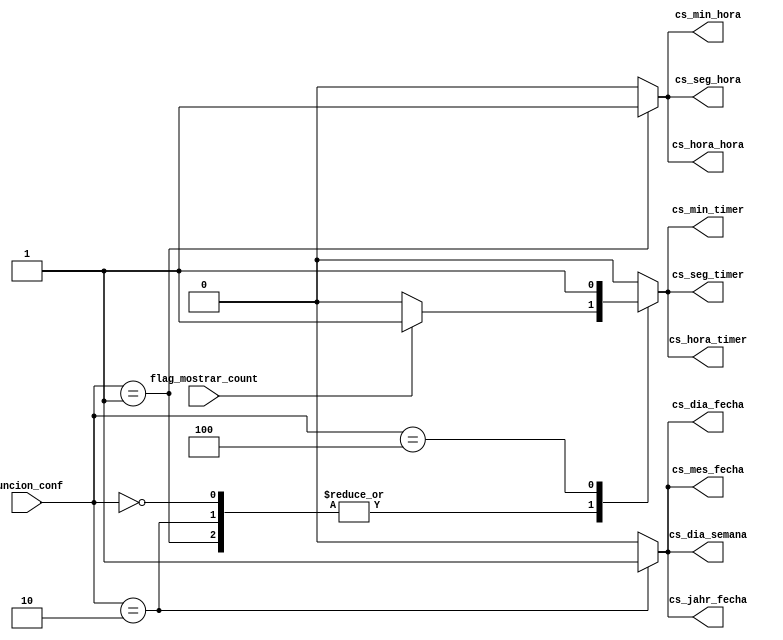
`timescale 1ns / 1ps
//////////////////////////////////////////////////////////////////////////////////
// Company: 
// Engineer: 
// 
// Design Name: 
// Module Name:    decofdificador_cs_registros 
// Project Name: 
// Target Devices: 
// Tool versions: 
// Description: 
//
// Dependencies: 
//
// Revision: 
// Revision 0.01 - File Created
// Additional Comments: 
//
//////////////////////////////////////////////////////////////////////////////////
module decofdificador_cs_registros(
	input [2:0]funcion_conf,
	input wire flag_mostrar_count,
	output reg cs_seg_hora,
	output reg cs_min_hora,
	output reg cs_hora_hora,
	output reg cs_dia_fecha,
	output reg cs_mes_fecha,
	output reg cs_jahr_fecha,
	output reg cs_dia_semana,
	output reg cs_seg_timer,
	output reg cs_min_timer,
	output reg cs_hora_timer
    );
	 
always@*
begin

	case(funcion_conf)
		3'b000: begin
		cs_seg_hora = 1'b0;
		cs_min_hora= 1'b0;
		cs_hora_hora= 1'b0;
		cs_dia_fecha= 1'b0;
		cs_mes_fecha= 1'b0;
		cs_jahr_fecha= 1'b0;
		cs_dia_semana= 1'b0;
		if(flag_mostrar_count)
			begin
			cs_seg_timer= 1'b1;
			cs_min_timer= 1'b1;
			cs_hora_timer= 1'b1;
			end
		else
			begin
			cs_seg_timer= 1'b0;
			cs_min_timer= 1'b0;
			cs_hora_timer= 1'b0;
			end
		

	end
		3'b001: begin
		cs_seg_hora = 1'b1;
		cs_min_hora= 1'b1;
		cs_hora_hora= 1'b1;
		cs_dia_fecha= 1'b0;
		cs_mes_fecha= 1'b0;
		cs_jahr_fecha= 1'b0;
		cs_dia_semana= 1'b0;
		if(flag_mostrar_count)
			begin
			cs_seg_timer= 1'b1;
			cs_min_timer= 1'b1;
			cs_hora_timer= 1'b1;
			end
		else
			begin
			cs_seg_timer= 1'b0;
			cs_min_timer= 1'b0;
			cs_hora_timer= 1'b0;
			end
	end
		3'b010:
		begin
		cs_seg_hora = 1'b0;
		cs_min_hora= 1'b0;
		cs_hora_hora= 1'b0;
		cs_dia_fecha= 1'b1;
		cs_mes_fecha= 1'b1;
		cs_jahr_fecha= 1'b1;
		cs_dia_semana= 1'b1;
		if(flag_mostrar_count)
			begin
			cs_seg_timer= 1'b1;
			cs_min_timer= 1'b1;
			cs_hora_timer= 1'b1;
			end
		else
			begin
			cs_seg_timer= 1'b0;
			cs_min_timer= 1'b0;
			cs_hora_timer= 1'b0;
			end
	end
		3'b100:
		begin
		cs_seg_hora = 1'b0;
		cs_min_hora= 1'b0;
		cs_hora_hora= 1'b0;
		cs_dia_fecha= 1'b0;
		cs_mes_fecha= 1'b0;
		cs_jahr_fecha= 1'b0;
		cs_dia_semana= 1'b0;
		cs_seg_timer= 1'b1;
		cs_min_timer= 1'b1;
		cs_hora_timer= 1'b1;
	end
	default: begin
		cs_seg_hora = 1'b0;
		cs_min_hora= 1'b0;
		cs_hora_hora= 1'b0;
		cs_dia_fecha= 1'b0;
		cs_mes_fecha= 1'b0;
		cs_jahr_fecha= 1'b0;
		cs_dia_semana= 1'b0;
		cs_seg_timer= 1'b0;
		cs_min_timer= 1'b0;
		cs_hora_timer= 1'b0;
	end
endcase
end

endmodule